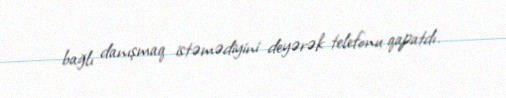
bağlı danışmaq istəmədiyini deyərək telefonu qapatdı.